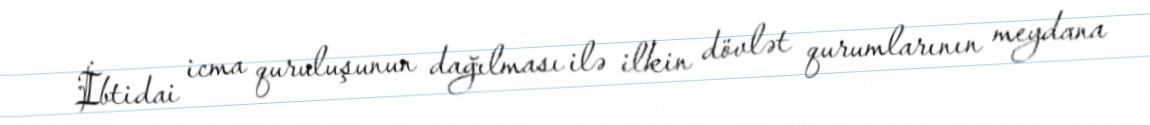
İbtidai icma quruluşunun dağılması ilə ilkin dövlət qurumlarının meydana